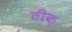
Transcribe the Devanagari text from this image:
ठीक़